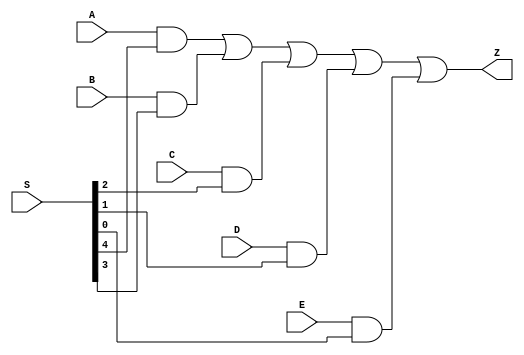
module mux51h (Z, A, B, C, D, E, S);
   
   input [4:0] S;
   input       A, B, C, D, E;
   
   output      Z;

   and a1 (w1, A, S[4]);
   and a2 (w2, B, S[3]);
   and a3 (w3, C, S[2]);
   and a4 (w4, D, S[1]);
   and a5 (w5, E, S[0]);   
   or o1 (Z, w1, w2, w3, w4, w5);

endmodule // mux51h